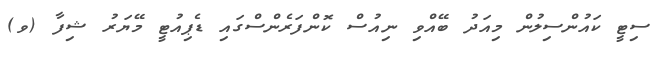
ސިޓީ ކައުންސިލުން މިއަދު ބޭއްވި ނިއުސް ކޮންފަރެންސްގައި ޑެޕިއުޓީ މޭޔަރު ޝިފާ (ވ)